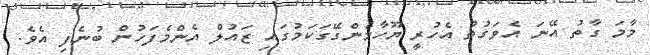
މާމަ ގާތު އޭނަ އެވަގުތު އެހުރީ ޔޫހާމެންގޭގަކަމުގައި ޒައުލް އެންމެފަހުން ބުނެފި އެވެ.